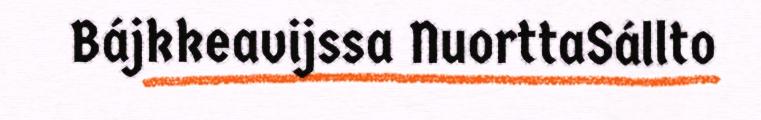
Bájkkeavijssa NuorttaSállto